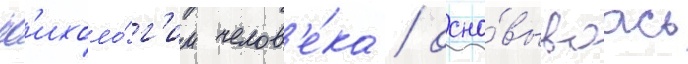
пс'ихоло́г'ии челов'е́ка / осно́вываась